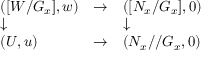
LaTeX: \begin{array} { l l l } { ( [ W / G _ { x } ] , w ) } & { \to } & { ( [ N _ { x } / G _ { x } ] , 0 ) } \\ { \downarrow } & { } & { \downarrow } \\ { ( U , u ) } & { \to } & { ( N _ { x } / / G _ { x } , 0 ) } \end{array}